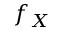
f _ { X }